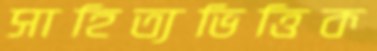
সাহিত্যভিত্তিক